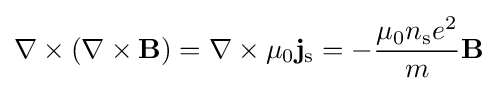
\nabla \times (\nabla \times \mathbf {B} )=\nabla \times \mu _{0}\mathbf {j} _{\rm {s}}=-{\frac {\mu _{0}n_{\rm {s}}e^{2}}{m}}\mathbf {B}